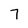
Character: 7